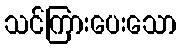
သင်ကြားပေးသော